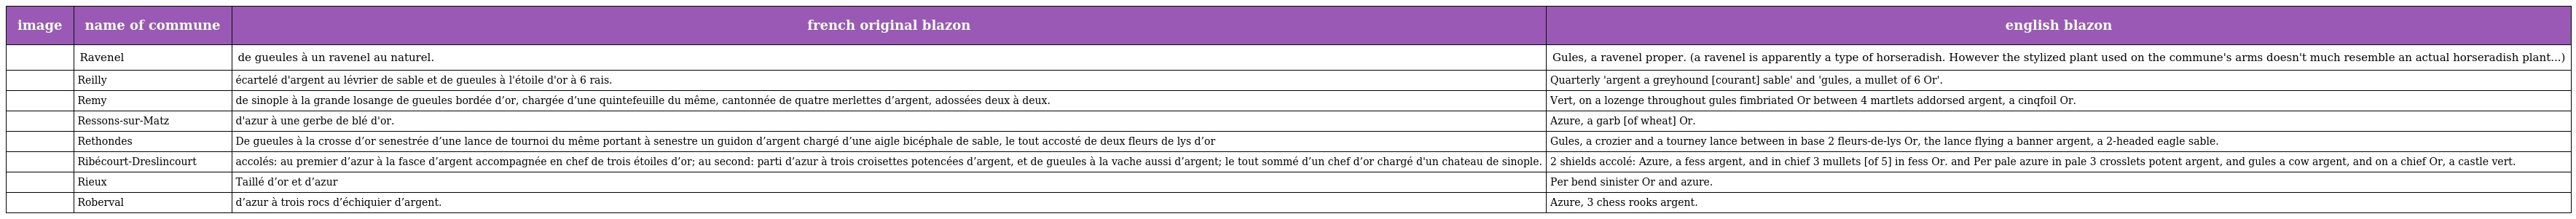
| image | name of commune | french original blazon | english blazon |
 | --- | --- | --- | --- |
 |  | Ravenel | de gueules à un ravenel au naturel. | Gules, a ravenel proper. (a ravenel is apparently a type of horseradish. However the stylized plant used on the commune's arms doesn't much resemble an actual horseradish plant...) |
 |  | Reilly | écartelé d'argent au lévrier de sable et de gueules à l'étoile d'or à 6 rais. | Quarterly 'argent a greyhound [courant] sable' and 'gules, a mullet of 6 Or'. |
 |  | Remy | de sinople à la grande losange de gueules bordée d’or, chargée d’une quintefeuille du même, cantonnée de quatre merlettes d’argent, adossées deux à deux. | Vert, on a lozenge throughout gules fimbriated Or between 4 martlets addorsed argent, a cinqfoil Or. |
 |  | Ressons-sur-Matz | d'azur à une gerbe de blé d'or. | Azure, a garb [of wheat] Or. |
 |  | Rethondes | De gueules à la crosse d’or senestrée d’une lance de tournoi du même portant à senestre un guidon d’argent chargé d’une aigle bicéphale de sable, le tout accosté de deux fleurs de lys d’or | Gules, a crozier and a tourney lance between in base 2 fleurs-de-lys Or, the lance flying a banner argent, a 2-headed eagle sable. |
 |  | Ribécourt-Dreslincourt | accolés: au premier d’azur à la fasce d’argent accompagnée en chef de trois étoiles d’or; au second: parti d’azur à trois croisettes potencées d’argent, et de gueules à la vache aussi d’argent; le tout sommé d’un chef d’or chargé d'un chateau de sinople. | 2 shields accolé: Azure, a fess argent, and in chief 3 mullets [of 5] in fess Or. and Per pale azure in pale 3 crosslets potent argent, and gules a cow argent, and on a chief Or, a castle vert. |
 |  | Rieux | Taillé d’or et d’azur | Per bend sinister Or and azure. |
 |  | Roberval | d’azur à trois rocs d’échiquier d’argent. | Azure, 3 chess rooks argent. |